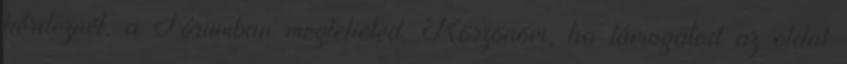
kérdeznél, a Fórumban megteheted. Köszönöm, ha támogatod az oldal